Annual report on the mental hospital in the Central Provinces and Berar (Nagpur) - 1927-1951
Year: 1927
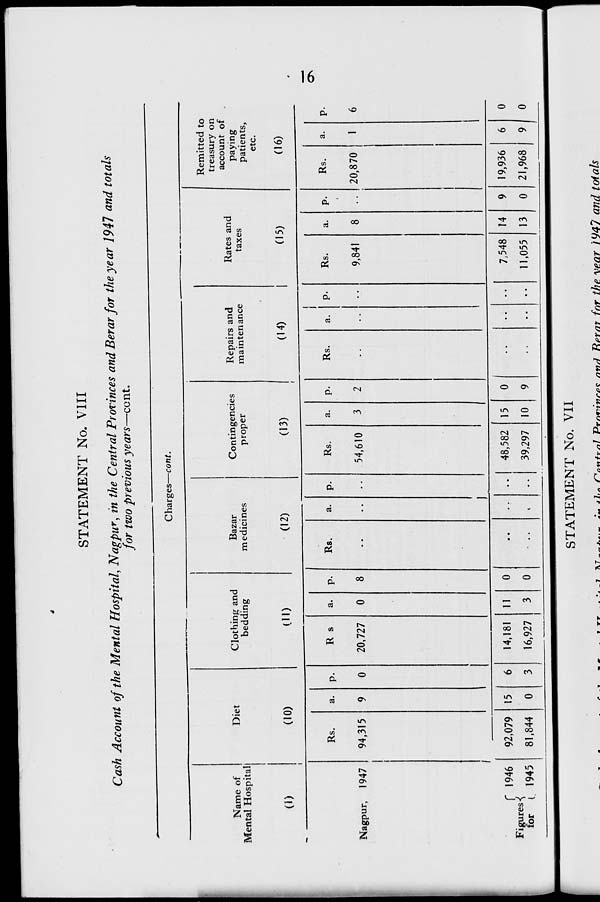
STATEMENT No. VIII
Cash Account of the Mental Hospital, Nagpu*, in the Central Provinces and Berar for the year 1947 and totals
for two previous years—cent.
Charges—cont.
Name of
Mental Hospital
(i)
Diet
(10)
Clothing and
bedding
(ID
Bazar
medicines
(12)
Contingencies
proper
(13)
Repairs and
maintenance
(14)
Rates and
taxes
(15)
Remitted to
treasury on
account of
paying
patients,
etc.
(16)
Rs.
a. P-
R s
a. P-
Rs.
a. p-
Rs.
a. P-
Rs.
a. P.
Rs.
a. P-
Nagpur, 1947
1
94,315
9
0
20,727
0
8
!
54,610
3
2
9,841
8
Rs.
20,870
a.
f 1946
Figures^
for i 1945
92,079 15
6
14,181 11
0
81,844
0
3
16,927
3
0
• .. •
t
48,582
39,297
15
10
0
9
7,548
11,055
14
13
9
0
19,936
21,968
6
9
0
0
ON
STATEMENT No. VII
7
v
'— ■"« w ■ » rn^ivnl Vvnwnro* n*iJ Rf>rnt fnr the vear 1947 and toials